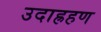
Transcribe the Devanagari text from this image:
उदाह्रहण